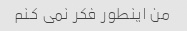
من اینطور فکر نمی کنم